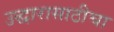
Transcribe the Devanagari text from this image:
उद्धारासाठीचा